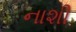
નાશી